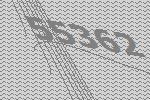
55362